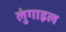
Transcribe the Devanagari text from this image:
लुंगाइल